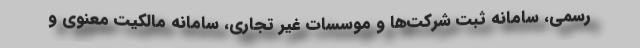
رسمی، سامانه ثبت شرکت‌ها و موسسات غیر تجاری، سامانه مالکیت معنوی و